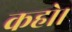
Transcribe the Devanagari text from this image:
कहो।